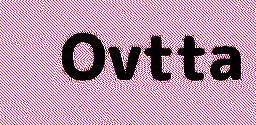
Ovtta